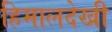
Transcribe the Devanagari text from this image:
हिमालदेखी